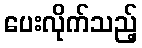
ပေးလိုက်သည့်